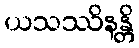
ယသဿိနန္တိ